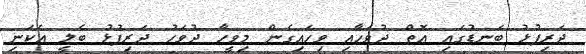
ދަރިފުޅު ބަނޑުގައި އޮތް ދުވަހާއި ވިހައިގެން މިވީހާ ދުވަހު ދަރިފުޅު ބެލީ އެކަނި